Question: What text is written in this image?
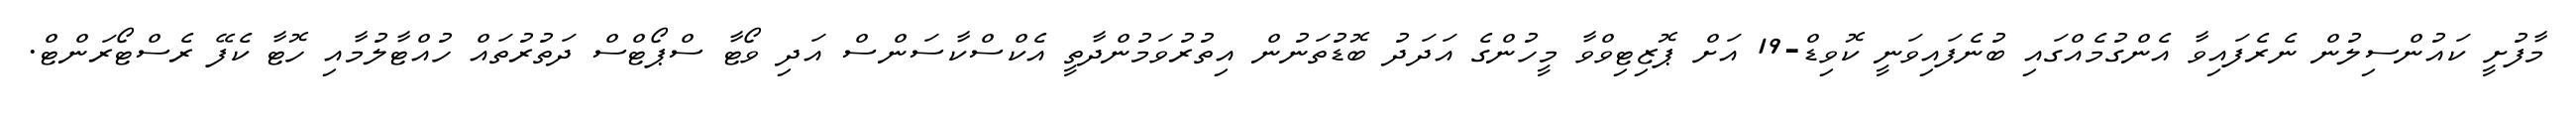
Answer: މާފުށީ ކައުންސިލުން ނެރެފައިވާ އެންގުމެއްގައި ބުނެފައިވަނީ ކޮވިޑް-19 އަށް ޕޮޒިޓިވްވާ މީހުންގެ އަދަދު ބޮޑުތަނުން އިތުރުވަމުންދާތީ އެކްސްކާސަންސް އަދި ވޯޓާ ސްޕޯޓްސް ދަތުރުތައް ހުއްޓާލުމާއި ހޮޓާ ކެފޭ ރެސްޓޯރަންޓް.